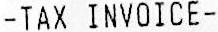
-TAX INVOICE-